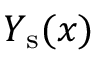
Y _ { \mathrm { s } } ( x )